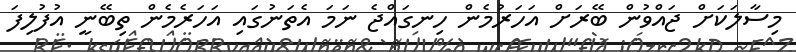
މިސާލަކަށް ޖައްވުން ބޭރަށް އަހަރުމެން ހިނގައްޖެ ނަމަ އެތަނުގައި އަހަރެމެން ތިބޭނީ އުފުލިފަ